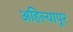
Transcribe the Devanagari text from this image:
अहिल्यापूर